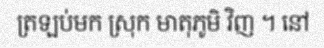
ត្រឡប់មក ស្រុក មាតុភូមិ វិញ ។ នៅ